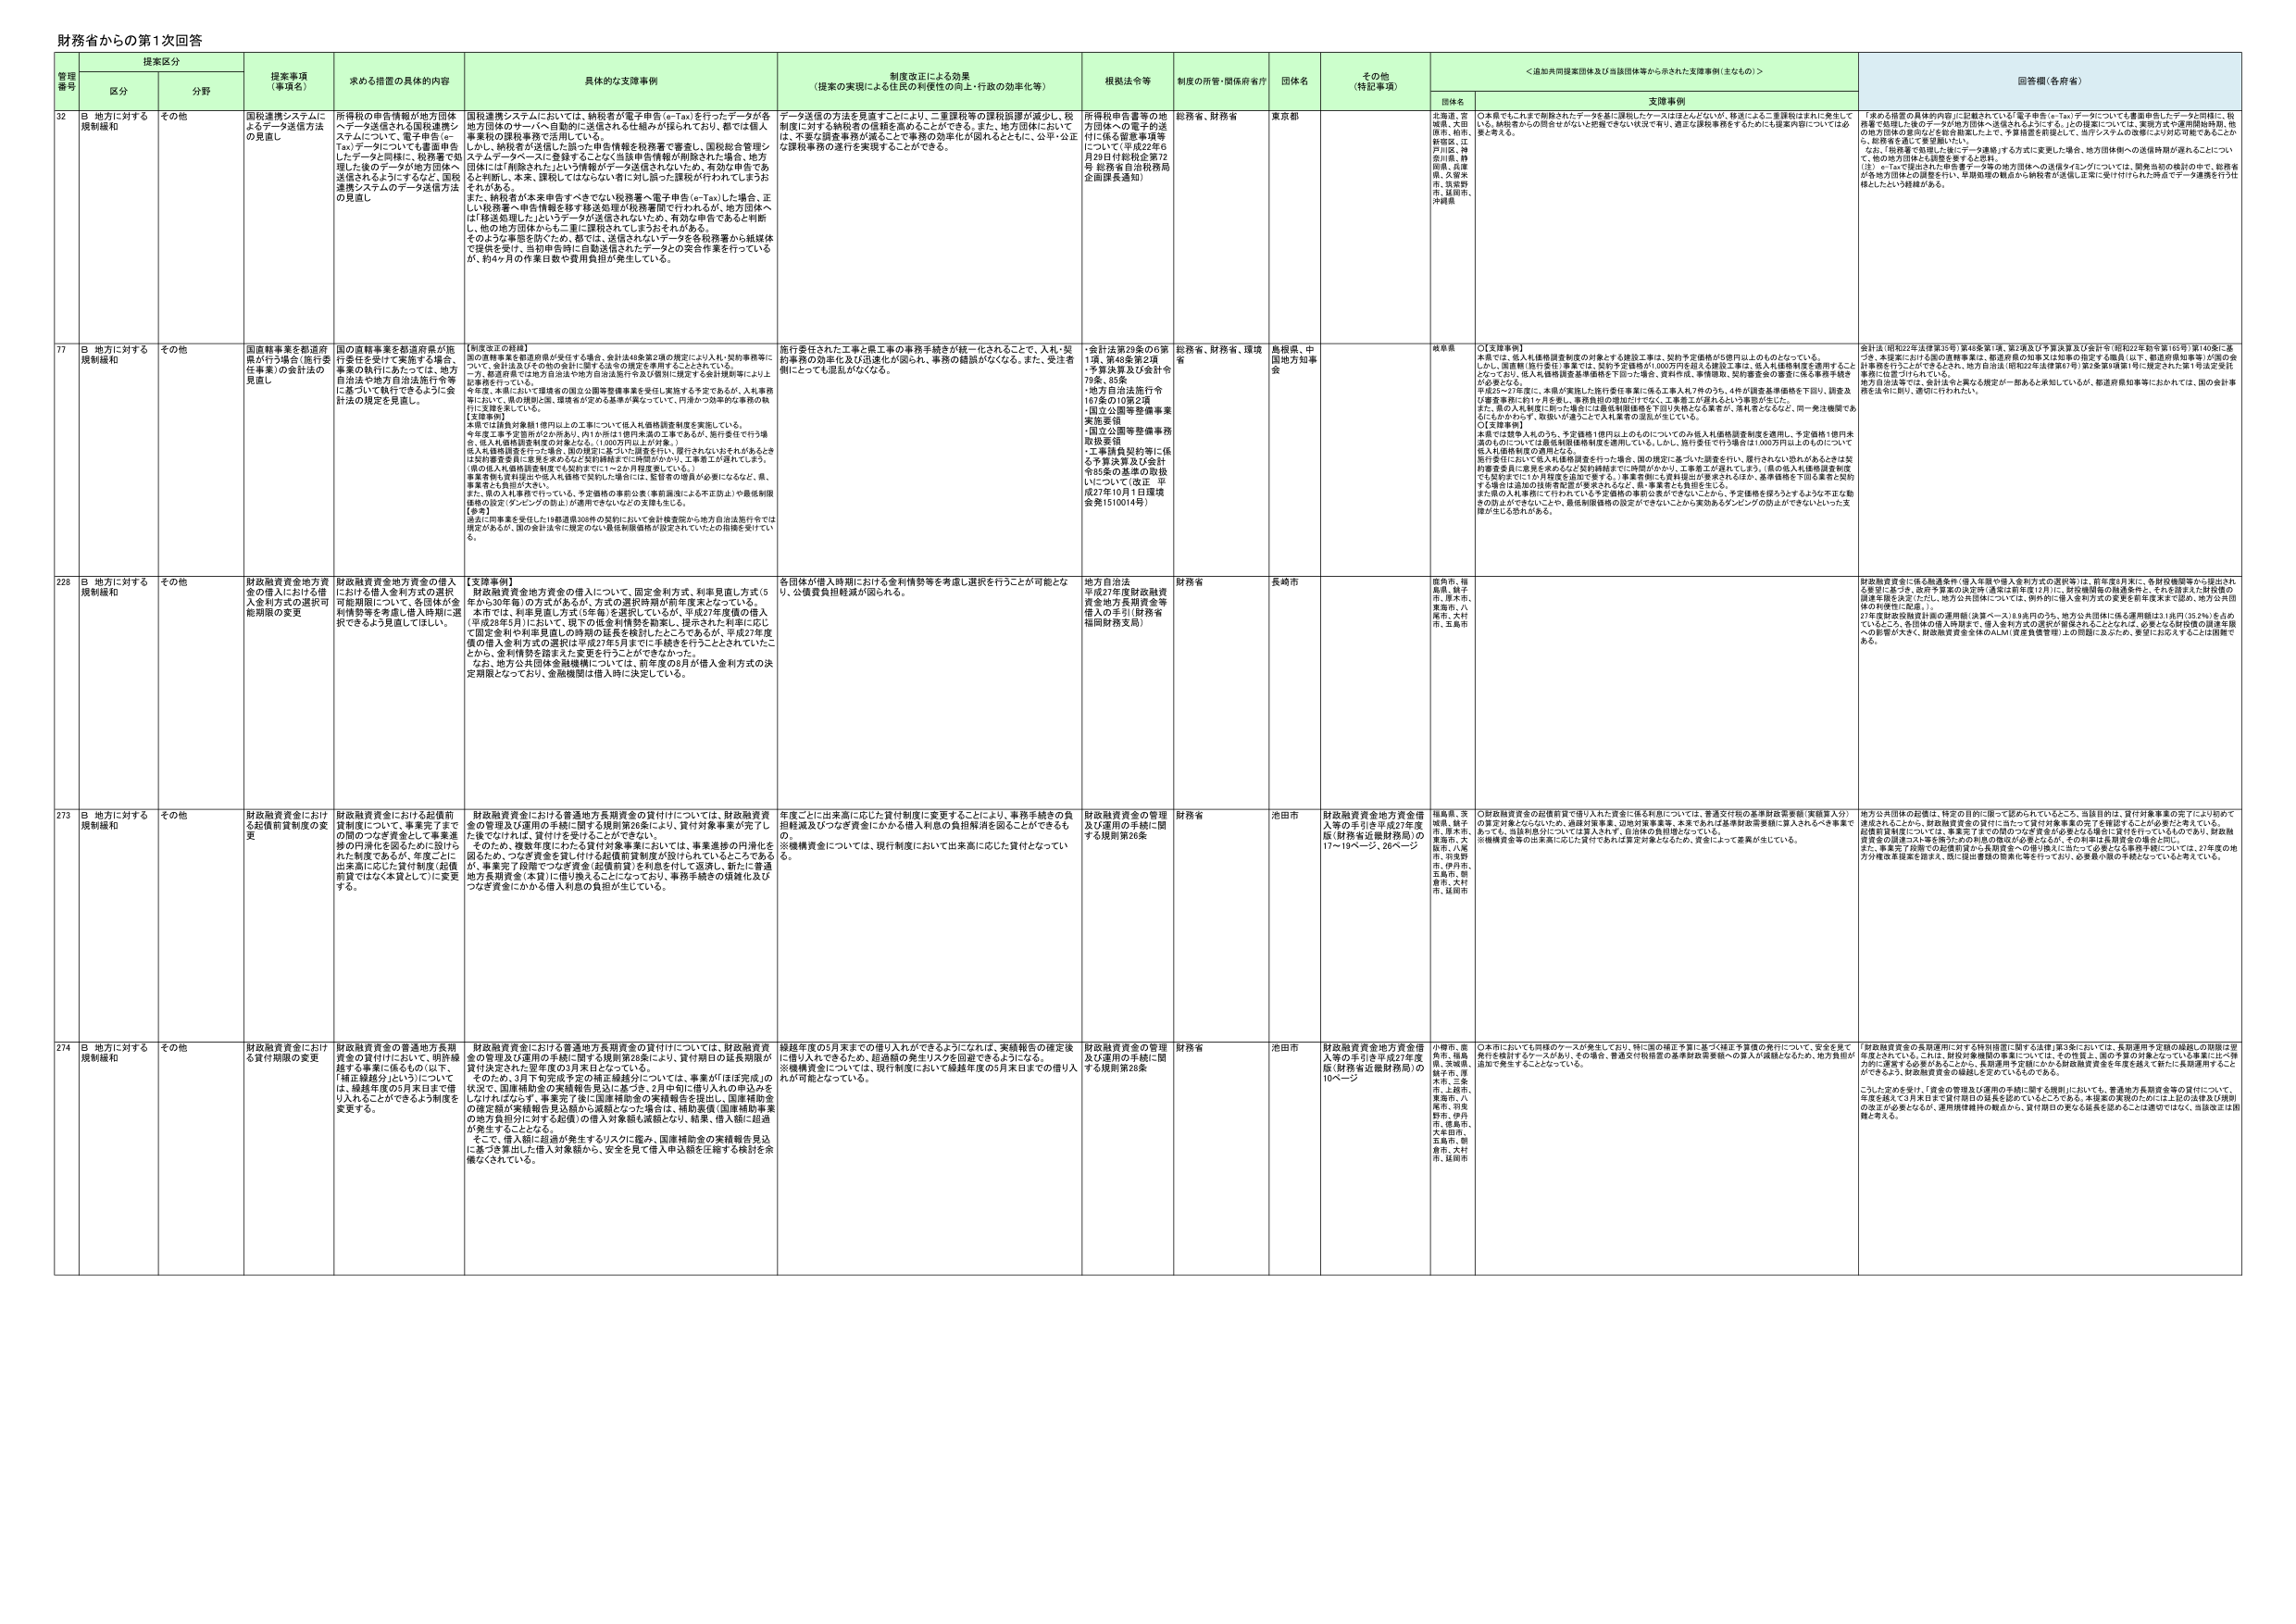
財務省からの第1次回答

提案区分
提案事項（事項名）
求める措置の具体的内容
具体的な支援事例
制度改正による効果（提案の実現による住民の利便性の向上・行政の効率化等）
根拠法令等
制度の所管・関係府省庁
団体名
その他（特記事項）
＜追加共同提案団体及び当該団体等から示された支援事例（主なもの）＞
回答欄（各府省）

管理番号
区分
分野

32
B 地方に対する規制緩和
その他
国税通達システムによるデータ送信方法の見直し
所得税の申告情報が地方団体へデータ送信される国税通達システムについて、電子申告（e-Tax）データについても書面申告したデータと同様に、税務署で処理した後のデータが地方団体へ送信されるようにすると、国税通達システムのデータ送信方法の見直し
国税通達システムにおいては、納税者が電子申告（e-Tax）を行ったデータが各地方団体のサーバへ自動的に送信される仕組みが採られており、都では個人事業税の課税事務で活用している。しかし、納税者が送信した際の申告情報が税務署で審査し、国税総合管理システムデータベースに登録するごとに（当該申告情報が削除された場合、地方団体には「削除された」という情報がデータ送信されないため、有効な申告であると判断し、本来、課税してはならないに対し誤った課税が行われてしまうおそれがある。また、納税者が本来申告すべきでない税務署へ電子申告（e-Tax）した場合、正しい税務署へ申告情報移行移送処理が税務署間で行われるが、地方団体へは「移送処理した」というデータが送信されないため、有効な申告であると判断し、他の地方団体からも二重に課税されてしまうおそれがある。そのような事態を防ぐため、都では、送信されないデータを各税務署から紙媒体で提供を受け、当初申告時に自動送信されたデータとの突合作業を行っているが、約4ヶ月の作業日数や費用負担が発生している。
データ送信の方法を見直すことにより、二重課税等の課税誤謬が減少し、税制面に対する納税者の信頼を高めることができる。また、地方団体においては、不要な調査事務が減ることで事務の効率化が図れるとともに、公平・公正な課税事務の遂行を実現することができる。
所得税申告書等の地方団体への電子的送信に係る審査事項等について（平成27年6月29日付総税企第72号 税務省自治税務局企画課長通知）
総務省、財務省
東京都
団体名
北海道、宮城県、大田区、札幌市、仙台市、新潟県、江戸川区、神奈川県、静岡県、兵庫県、久留米市、筑紫野市、延岡市、沖縄県
支援事例
〇本県でもこれまで削除されたデータを基に課税したケースはほとんどないが、移送による二重課税はまれに発生している。納税者からの問合せがないと把握できない状況であり、適正な課税事務をするためにも紙案内等については必要と考える。
「求めら措置の具体的内容」に記載されている「電子申告（e-Tax）データについても書面申告したデータと同様に、税務署で処理した後のデータが地方団体へ送信されるようにする。」との提案については、実施方式や運用開始時期、他の地方団体の意向などを総合勘案した上で、予算措置を前提として、当該システムの改修により対応可能である。このため、「税務署で処理した後にデータ移動」する方式に変更した場合、地方団体側への送信情報が遅れるについて、他の地方団体とも調整を要すると思料。
（注）e-Taxで提出された申告書データ等の地方団体への送信タイミングについては、関連当局の検討の中で、税務省が各地方団体との調整を行い、早期処理の観点から納税者が送信し正常に受付行われた時点でデータ連携を行う仕様としたという経緯がある。

77
B 地方に対する規制緩和
その他
国直轄事業を都道府県が行う場合（施行委任事業）の委任法の見直し
国直轄事業を都道府県が施行委任を受けて実施する場合、事業の執行にあたっては、地方自治法や地方自治法施行令等に基づいて執行できるように会計法の規定を見直し。
【制度改正の経緯】
国の直轄事業を都道府県が実行する場合、会計法46条第2項の規定により入札・契約事務等についても、会計法及びその他の法律を準用することとされている。一方、都道府県では地方自治法や地方自治法施行令及び個別に規定する会計規則等により上記事務を行っている。今年度、本県において環境省の国立公園等整備事業を実行し実施する予定であるが、入札事務等にも、県の規則と国、環境省が定める基準が異なっていて、円滑かつ効率的な事務の執行に支障を来している。
【支援事例】
本県では対象対象額1億円以上の工事について低入札価格調査制度を実施している。今年度工事予定箇所が2か所あり、内1か所は1億円未満の工事であるが、施行委任で行う場合、低入札価格調査制度の対象となる。（1,000万円以上が対象。）低入札価格調査を行った場合、国の規定に基づいた調査を行い、履行されないおそれがあるときには契約審査委員に意見を求めると契約締結までに時間がかかり、工事着工が遅れてしまう。（県の低入札価格調査制度でも契約までに1～2か月程度要している。）事業者側も資料提出や低入札価格で契約した場合には、監督者の増員が必要になるなど、県、事業者とも負担が大きい。また、県の入札事務で行っている、予定価格の事前公表（事前調達による不正防止）や最低制限価格の設定（ダミングの防止）が適用できないなどの支障を生じる。
【参考】
過去に同事業を委任した18都道県308件の契約において会計検査院から地方自治法施行令では規定があるが、国の会計法や三法改定ない最低制限価格が設定されていないとの指摘を受けている。
施行委任された工事と県工事の事務手続きが統一されることで、入札・契約事務の効率化及び迅速化が図られ、事務の錯綜がなくなる。また、受注者側にとっても混乱がなくなる。
・会計法第29条の6第1項、第46条第2項
・予算決算及び会計令79条、80条
・地方自治法施行令167条の17第2項
・国立公園等整備事業実施要領
・国立公園等整備事務取扱要領
・工事請負契約等に係る予算決算及び会計令85条の基準の取扱いについて（改正 平成27年10月1日環境会長1510014号）
総務省、財務省、環境省
島根県、中国地方知事会
団体名
岐阜県
支援事例
〇【支援事例】
本県では、低入札価格調査制度の対象とする建設工事は、契約予定価格が5億円以上ものとなっている。しかし、環境省（施行委任）事業では、契約予定価格が1,000万円を超える建設工事は、低入札価格制度を適用することがとなっており、低入札価格調査基準価格を下回った場合、資料作成、事情聴取、契約審査会の審査に係る事務手続きが必要となる。平成25～27年度に、本県が実施した施行委任事業に係る工事入札7件のうち、4件が調査基準価格を下回り、調査及び審査事務に約17カ月を要し、事務負担の増加だけでなく、工事着工が遅れるという事態が生じた。また、県の入札制度に即した場合には最低制限価格を下回り入札となる業者が、例外となるなど、同一発注機関であるにもかかわらず、取扱いが違うことで入札業者の混乱が生じている。
〇【支援事例】
本県では競争入札のうち、予定価格1億円以上ものについてのみ低入札価格調査制度を適用し、予定価格1億円未満のものについては最低制限価格制度を適用している。しかし、施行委任で行う場合は1,000万円以上ものもについて低入札価格制度の適用となる。施行委任において低入札価格調査を行った場合、国の規定に基づいた調査を行い、履行されない恐れがあるときは契約審査委員に意見を求めると契約締結までに時間がかかり、工事着工が遅れてしまう。（県の低入札価格調査制度でも契約までに1か月程度を追加で要する。）事業者側にも資料提出が要求されるほか、基準価格を下回る業者と契約する場合は追加の技術者配置が要求されるなど、県・事業者とも負担を生じる。また、県の入札事務で行われている予定価格の事前公表ができないことから、予定価格を採ろうような不正な動機の防止ができないことや、最低制限価格の設定ができないことから実効あるダミングの防止ができないといった支障が生じる恐れがある。
回答欄（各府省）
会計法（昭和22年法律第35号）第46条第1項、第2項及び予算決算及び会計令（昭和22年勅令165号）第140条に基づき、本提案における国の直轄事業は、都道府県の知事又は知事の指定する職員（以下、都道府県知事等）が国の会計事務を行うことができるほか、地方自治法（昭和22年法律第56号）第2条第2項第1号に規定された第1号法定委託事務に位置づけられている。地方自治法等では、会計法を上乗せる規定が一部あるとも知られているが、都道府県知事等におかれては、国の会計事務を法令に則り、適切に行われたい。

228
B 地方に対する規制緩和
その他
財政融資資金地方貸金の借入における借入金利用方式の選択可能期限の変更
財政融資資金地方貸金の借入における借入金利用方式の選択可能期限について、各団体が金利情勢等を考慮し借入時期に選択できるよう見直してほしい。
【支援事例】
財政融資資金地方貸金の借入について、固定金利方式、利率見直し方式（5年から30年間）の方式があるが、方式の選択期間が前年度末となっている。本年では、利率見直し方式（5年毎）を選択していたが、平成27年度借の借入（平成28年5月）において、現下の低金利情勢を勘案し、提示された利率に応じて固定金利の利率選定（の時期の延長を検討したところであるが、平成27年度借の借入金利方式の選択は平成27年5月までに手続きを行うこととされていたことから、金利情勢を踏まえた変更を行うことができなかった。なお、地方公共団体金融機関については、前年度の6月が借入金利方式の決定期限となっており、金融機関は借入時に決定している。
各団体が借入時期における金利情勢等を考慮し選択を行うことが可能となり、出資金負担軽減が図られる。
地方自治法
平成27年度財政融資資金地方貸出資金等借入の手引（財務省福岡財務支局）
財務省
長崎市
団体名
鹿児島市、福島県、鬼子母市、厚木市、東海市、八尾市、大村市、玉島市
回答欄（各府省）
財政融資資金に係る融通案件（借入年限や借入金利方式の選択等）は、前年度6月末に、各財政機関等から提出される意見に基づき、国庫予算案の決定時（通常は前年度12月）に、財政機関等の融通案件にそれを踏まえた財政融資関連事務を決定した。地方公共団体については、例外的に借入金利方式の変更を前年度末までに認め、地方公共団体の利便性に配慮した。27年度財政融資資金の融通期間（決算ベース）は9月のうち、地方公共団体に係る運用期間は118月（35.2％）を占めているところ、各団体の借入時期等で、借入金利方式の選択が確保されることは、必要となる財政融資の調達手段の影響が大きく、財政融資資金全体のALM（資産負債管理）上の問題にさらされ、変更に応えずすることは困難である。

273
B 地方に対する規制緩和
その他
財政融資資金における起債前貸付制度の変更
財政融資資金における起債前貸付制度について、事業完了までの間のつなぎ資金として事業進捗の円滑化を図るために設けられた制度であるが、年度ごとに出来高に応じた貸付制度（起債前貸ではなく本貸として）に変更する。
財政融資資金における普通地方長期資金の貸付けについては、財政融資資金の管理及び運用の手続に関する規則第26条により、貸付対象事業が完了した後でなければ、貸付けを受けることができない。そのため、複数年度にわたる貸付対象事業においては、事業進捗の円滑化を図るため、つなぎ資金を貸し付ける起債前貸制度が設けられているところであるが、事業完了段階でつなぎ資金（起債前貸）を利息を付して返済し、新たに普通地方長期資金（本貸）に借り換えることになっており、事務手続きの煩雑化及びつなぎ資金にかかる借入利息の負担が生じている。
年度ごとに出来高に応じた貸付制度に変更することにより、事務手続きの負担軽減及びつなぎ資金にかかる借入利息の負担解消を図ることができる。※機構資金については、現行制度において出来高に応じた貸付となってい る。
財政融資資金の管理及び運用の手続に関する規則第26条
財務省
池田市
団体名
福島県、茨城県、神戸市、厚木市、東海市、大阪市、八尾市、市原市、伊丹市、玉島市、新倉市、大村市、延岡市
支援事例
〇財政融資資金の起債前貸で借り入れた資金に係る利息については、普通交付税の基準財政需要額（実額算入分）の算定対象とならないため、返済対策事業、3回貸付事業等、本業であるはず基準財政需要額に算入されない事業費であっても、当該利息分については算入されず、自治体の負担増となっている。※機構資金等の出来高に応じた貸付であれば算定対象となるため、資金によって差異が生じている。
回答欄（各府省）
地方公共団体の起債は、特定の目的に限って認められているところ、当該目的は、貸付対象事業の完了により初めて満足されるところ、財政融資資金の貸付について貸付対象事業の完了を前提することが必要だと考えている。起債前貸制度については、事業完了までの間のつなぎ資金が必要となる場合に貸付を行っているのであり、財政融資資金の国庫コストを負担するための制度の趣旨から考えると、その利用は基準財政金の算入用に、また、事業完了段階での起債前貸から長期資金への借り換えに当たって必要となる事務手続については、27年度の地方分権改革推進を踏まえ、既に提出書類の簡素化等を行っており、必要最小限の手続となっていると考えている。

274
B 地方に対する規制緩和
その他
財政融資資金における貸付期間の変更
財政融資資金の普通地方長期資金の貸付けにおいて、明許繰越する事業に係るもの（以下、「権益繰越分」）については、繰越年度の5月末日まで借り入れることができるように制度を変更する。
財政融資資金における普通地方長期資金の貸付けについては、財政融資資金の管理及び運用の手続に関する規則第28条により、貸付期日の証券期限が貸付決定された翌年度の3月末日となっている。そのため、3月下旬や年度予定の修正繰越分については、事業が「ほぼ完成」の状況で、国際補助金の実績報告見込に基づき、2月中旬に借り入れの申込みをしなければならず、事業完了後に国際補助金の実績報告を提出し、国際補助金の確定額が実績報告見込額から減額となった場合は、補助減額（国際補助事業の地方負担分に対する民間）の借入対象額も減額となり、結果、借入額に超過が発生することとなる。そこで、借入額に超過が発生するリスクに鑑み、国際補助金の実績額見込に基づき事前に借入対象額から、安全を見て借入申込額を圧縮する検討を余儀なくされている。
繰越年度の5月末までの借り入れができるようになれば、実績報告の確定後に借り入れできるため、超過額の発生リスクを回避できるようになる。※機構資金については、現行制度において繰越年度の5月末日までの借り入れが可能となっている。
財政融資資金の管理及び運用の手続に関する規則第28条
財務省
池田市
団体名
小樽市、鹿児島市、福島県、茨城県、神戸市、厚木市、三重市、上田市、東海市、八尾市、市原市、釣川市、伊丹市、徳島市、大津市、玉島市、新倉市、大村市、延岡市
支援事例
〇本市においても同様のケースが発生しており、特に国の補正予算に基づく補正予算額の発行について、安全を見て発行を検討するケースがあり、その場合、普通交付税措置の基準財政需要額への算入が減額となるため、地方負担が追加で発生することとなっている。
回答欄（各府省）
「財政融資資金の長期運用に対する特別措置に関する法律」第3条においては、長期運用予定額の繰越上の期限は翌年度とされている。これは、財政対策機関の事業については、その性質上、国の予算の対象となっている事業に比べ弾力的に運営する必要があることから、長期運用予定額にかかる財政融資資金を年度を超えて新たに長期運用することができるよう、財政融資資金の繰越と定めているものである。こうした点を受けて、資金の管理及び運用の手続に関する規則においても、普通地方長期資金等の貸付について、年度を超えて3月末日まで貸付期日の延長を認めているところである。本提案の実現のためには上記の法律及び規則の改正が必要となるが、運用規律維持の観点から、貸付期日の更なる延長を認めることは適切ではなく、当該改正は御難と考える。